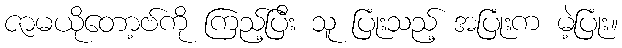
ဇာမယိုတော့ဗ်ကို ကြည့်ပြီး သူ ပြုံးသည့် အပြုံးက မဲ့ပြုံး။